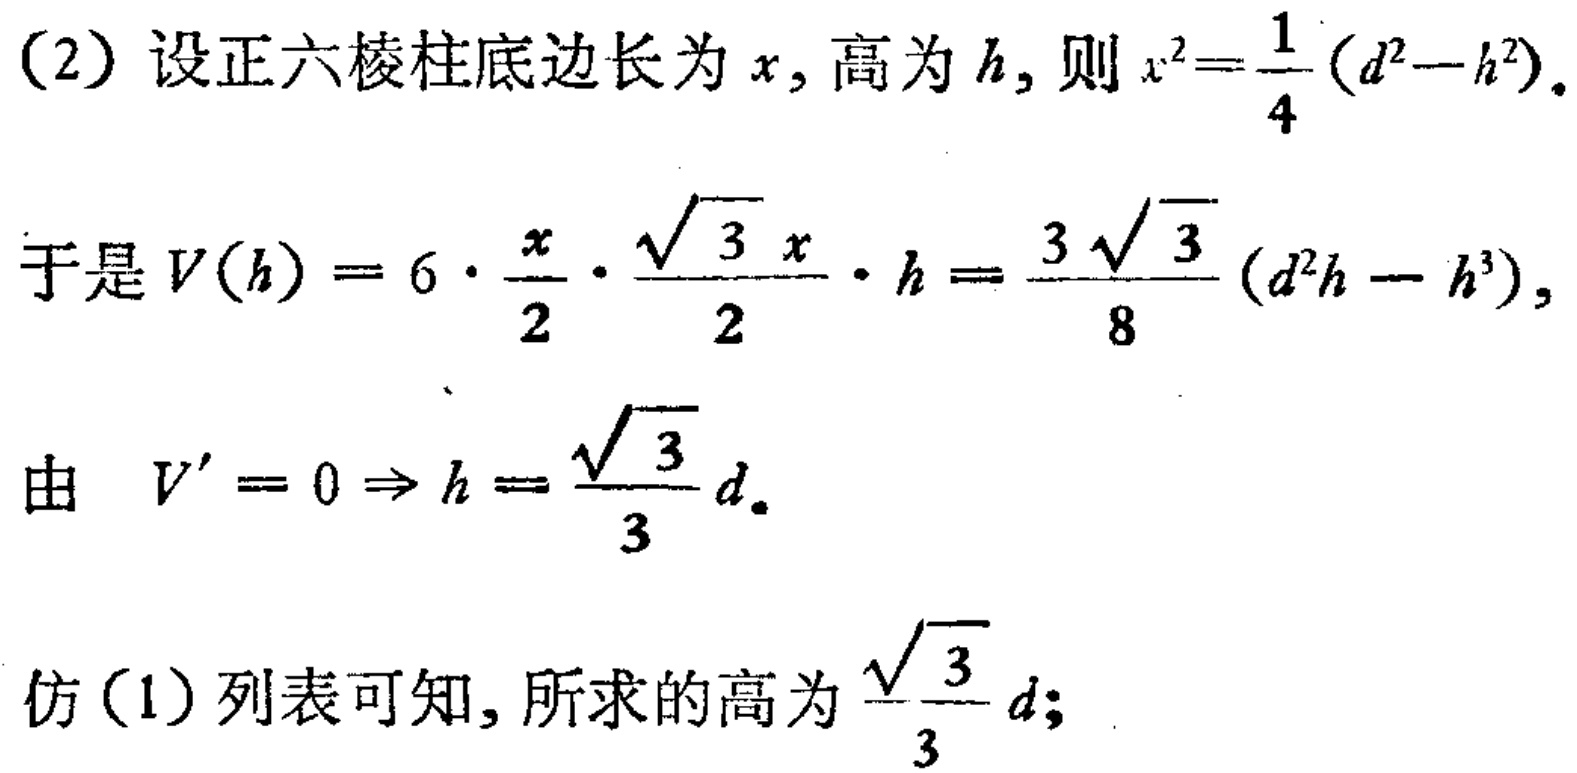
（2）设正六棱柱底边长为\(x\)，高为\(h\)，则\(x^{2}=\frac{1}{4}(d^{2}-h^{2})\)。
于是\(V(h)=6\cdot\frac{x}{2}\cdot\frac{\sqrt{3}x}{2}\cdot h = \frac{3\sqrt{3}}{8}(d^{2}h - h^{3})\)，
由 \(V' = 0 \Rightarrow h = \frac{\sqrt{3}}{3}d\)。
仿（1）列表可知，所求的高为\(\frac{\sqrt{3}}{3}d\)；